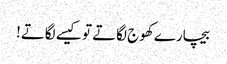
بیچارے کھوج لگاتے تو کیسے لگاتے!